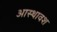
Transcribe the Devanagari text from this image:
आस्थावश